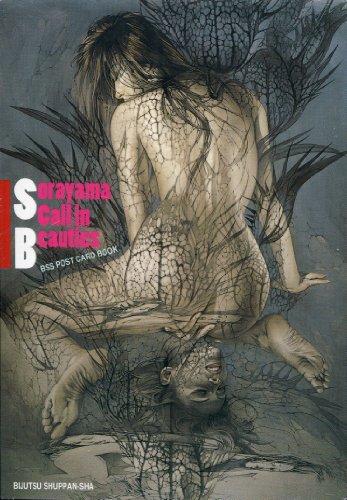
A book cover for Sorayama Call in Beauties; Hajime Sorayama; Arts & Photography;